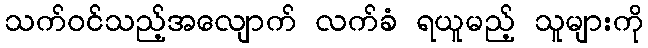
သက်ဝင်သည့်အလျောက် လက်ခံ ရယူမည့် သူများကို